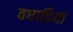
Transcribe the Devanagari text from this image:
वघाडिया